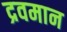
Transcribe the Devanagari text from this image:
द्रवमान